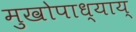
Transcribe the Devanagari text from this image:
मुखोपाध्याय्